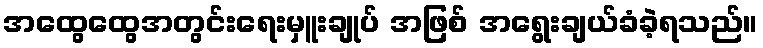
အထွေထွေအတွင်းရေးမှူးချုပ် အဖြစ် အရွေးချယ်ခံခဲ့ရသည်။